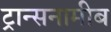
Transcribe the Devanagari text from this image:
ट्रान्सनामीब